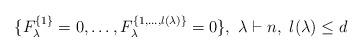
LaTeX: \begin{align*} \{F^{\{1\}}_{\lambda}=0,\ldots,F^{\{1,\ldots,l(\lambda)\}}_{\lambda}=0\}, \ \lambda \vdash n, \ l(\lambda )\leq d\end{align*}